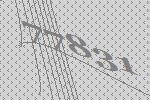
77831